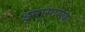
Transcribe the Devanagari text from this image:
डुमासारखा